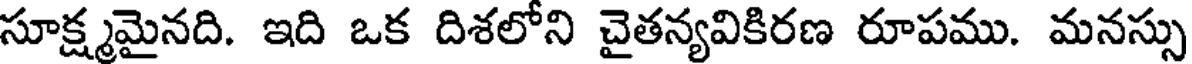
సూక్ష్మమైనది. ఇది ఒక దిశలోని చైతన్యవికిరణ రూపము. మనస్సు